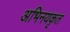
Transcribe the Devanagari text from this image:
अभिनयकृत